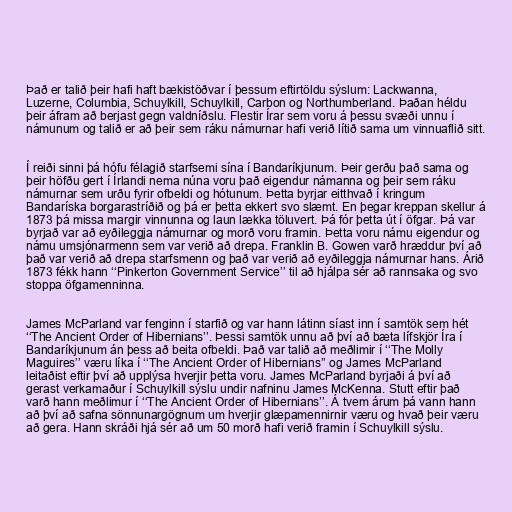
Það er talið þeir hafi haft bækistöðvar í þessum eftirtöldu sýslum: Lackwanna,
Luzerne, Columbia, Schuylkill, Schuylkill, Carbon og Northumberland. Þaðan héldu
þeir áfram að berjast gegn valdníðslu. Flestir Írar sem voru á þessu svæði unnu í
námunum og talið er að þeir sem ráku námurnar hafi verið lítið sama um vinnuaflið sitt.

Í reiði sinni þá hófu félagið starfsemi sína í Bandaríkjunum. Þeir gerðu það sama og
þeir höfðu gert í Írlandi nema núna voru það eigendur námanna og þeir sem ráku
námurnar sem urðu fyrir ofbeldi og hótunum. Þetta byrjar eitthvað í kringum
Bandaríska borgarastríðið og þá er þetta ekkert svo slæmt. En þegar kreppan skellur á
1873 þá missa margir vinnunna og laun lækka töluvert. Þá fór þetta út í öfgar. Þá var
byrjað var að eyðileggja námurnar og morð voru framin. Þetta voru námu eigendur og
námu umsjónarmenn sem var verið að drepa. Franklin B. Gowen varð hræddur því að
það var verið að drepa starfsmenn og það var verið að eyðileggja námurnar hans. Árið
1873 fékk hann ‘‘Pinkerton Government Service’’ til að hjálpa sér að rannsaka og svo
stoppa öfgamenninna.

James McParland var fenginn í starfið og var hann látinn síast inn í samtök sem hét
‘‘The Ancient Order of Hibernians’’. Þessi samtök unnu að því að bæta lífskjör Íra í
Bandaríkjunum án þess að beita ofbeldi. Það var talið að meðlimir í ‘‘The Molly
Maguires’’ væru líka í ‘‘The Ancient Order of Hibernians’’ og James McParland
leitaðist eftir því að upplýsa hverjir þetta voru. James McParland byrjaði á því að
gerast verkamaður í Schuylkill sýslu undir nafninu James McKenna. Stutt eftir það
varð hann meðlimur í ‘‘The Ancient Order of Hibernians’’. Á tvem árum þá vann hann
að því að safna sönnunargögnum um hverjir glæpamennirnir væru og hvað þeir væru
að gera. Hann skráði hjá sér að um 50 morð hafi verið framin í Schuylkill sýslu.